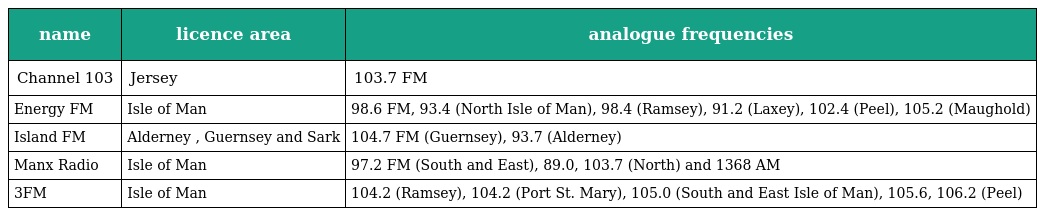
| name | licence area | analogue frequencies |
 | --- | --- | --- |
 | Channel 103 | Jersey | 103.7 FM |
 | Energy FM | Isle of Man | 98.6 FM, 93.4 (North Isle of Man), 98.4 (Ramsey), 91.2 (Laxey), 102.4 (Peel), 105.2 (Maughold) |
 | Island FM | Alderney , Guernsey and Sark | 104.7 FM (Guernsey), 93.7 (Alderney) |
 | Manx Radio | Isle of Man | 97.2 FM (South and East), 89.0, 103.7 (North) and 1368 AM |
 | 3FM | Isle of Man | 104.2 (Ramsey), 104.2 (Port St. Mary), 105.0 (South and East Isle of Man), 105.6, 106.2 (Peel) |